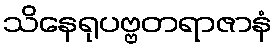
သိနေရုပဗ္ဗတရာဇာနံ